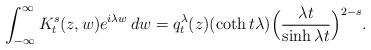
LaTeX: \begin{align*}\int_{-\infty}^{\infty}K_t^s (z,w)e^{i\lambda w}\,dw = q_t^{\lambda}(z)(\coth t\lambda)\Big(\frac{\lambda t}{\sinh \lambda t}\Big)^{2-s}.\end{align*}